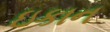
ઇકાન